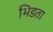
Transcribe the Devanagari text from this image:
भिडता